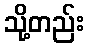
သို့တည်း